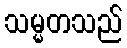
သမ္မတသည်